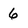
Character: 6